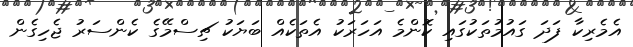
އެމެރިކާ ފަދަ ގައުމުތަކުގައި ކޮންމެ އަހަރަކު އެތަކެއް ބަޔަކު ޗިސްމޭގެ ކެންސަރު ޖެހިގެން